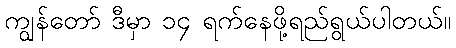
ကျွန်တော် ဒီမှာ ၁၄ ရက်နေဖို့ရည်ရွယ်ပါတယ်။